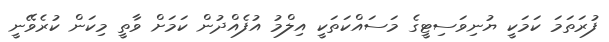
ފުރަތަމަ ކަމަކީ ޔުނިވަސިޓީގެ މަސައްކަތަކީ އިލްމު އުފެއްދުން ކަމަށް ވާތީ މިކަން ކުރެވޭނީ